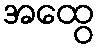
အထွေ